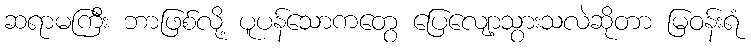
ဆရာမကြီး ဘာဖြစ်လို့ ပူပန်သောကတွေ ပြေလျော့သွားသလဲဆိုတာ မြဝန်းရံ